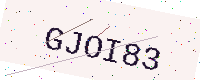
Text: GJOI83